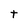
Character: t